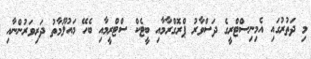
މި ދަތުރުގައި އެމިނިސްޓްރީގެ ދަސްވާރު ޕްރޮގްރާމާއި ބީޓެކް ސްޓްރީމާއި ބެހޭ މައުލޫމާތު ދަރިވަރުންނާއި